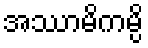
အဿာမိကမ္ပိ